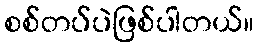
စစ်တပ်ပဲဖြစ်ပါတယ်။